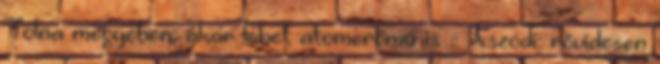
Tolna megyében: akár lehet atomerőmű is - Aszódi: rövidesen